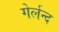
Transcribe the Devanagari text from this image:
गेर्लन्द